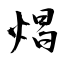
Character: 焻